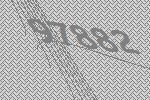
97882